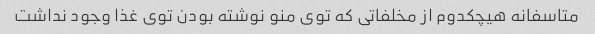
متاسفانه هیچکدوم از مخلفاتی که توی منو نوشته بودن توی غذا وجود نداشت